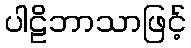
ပါဠိဘာသာဖြင့်